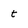
Character: t